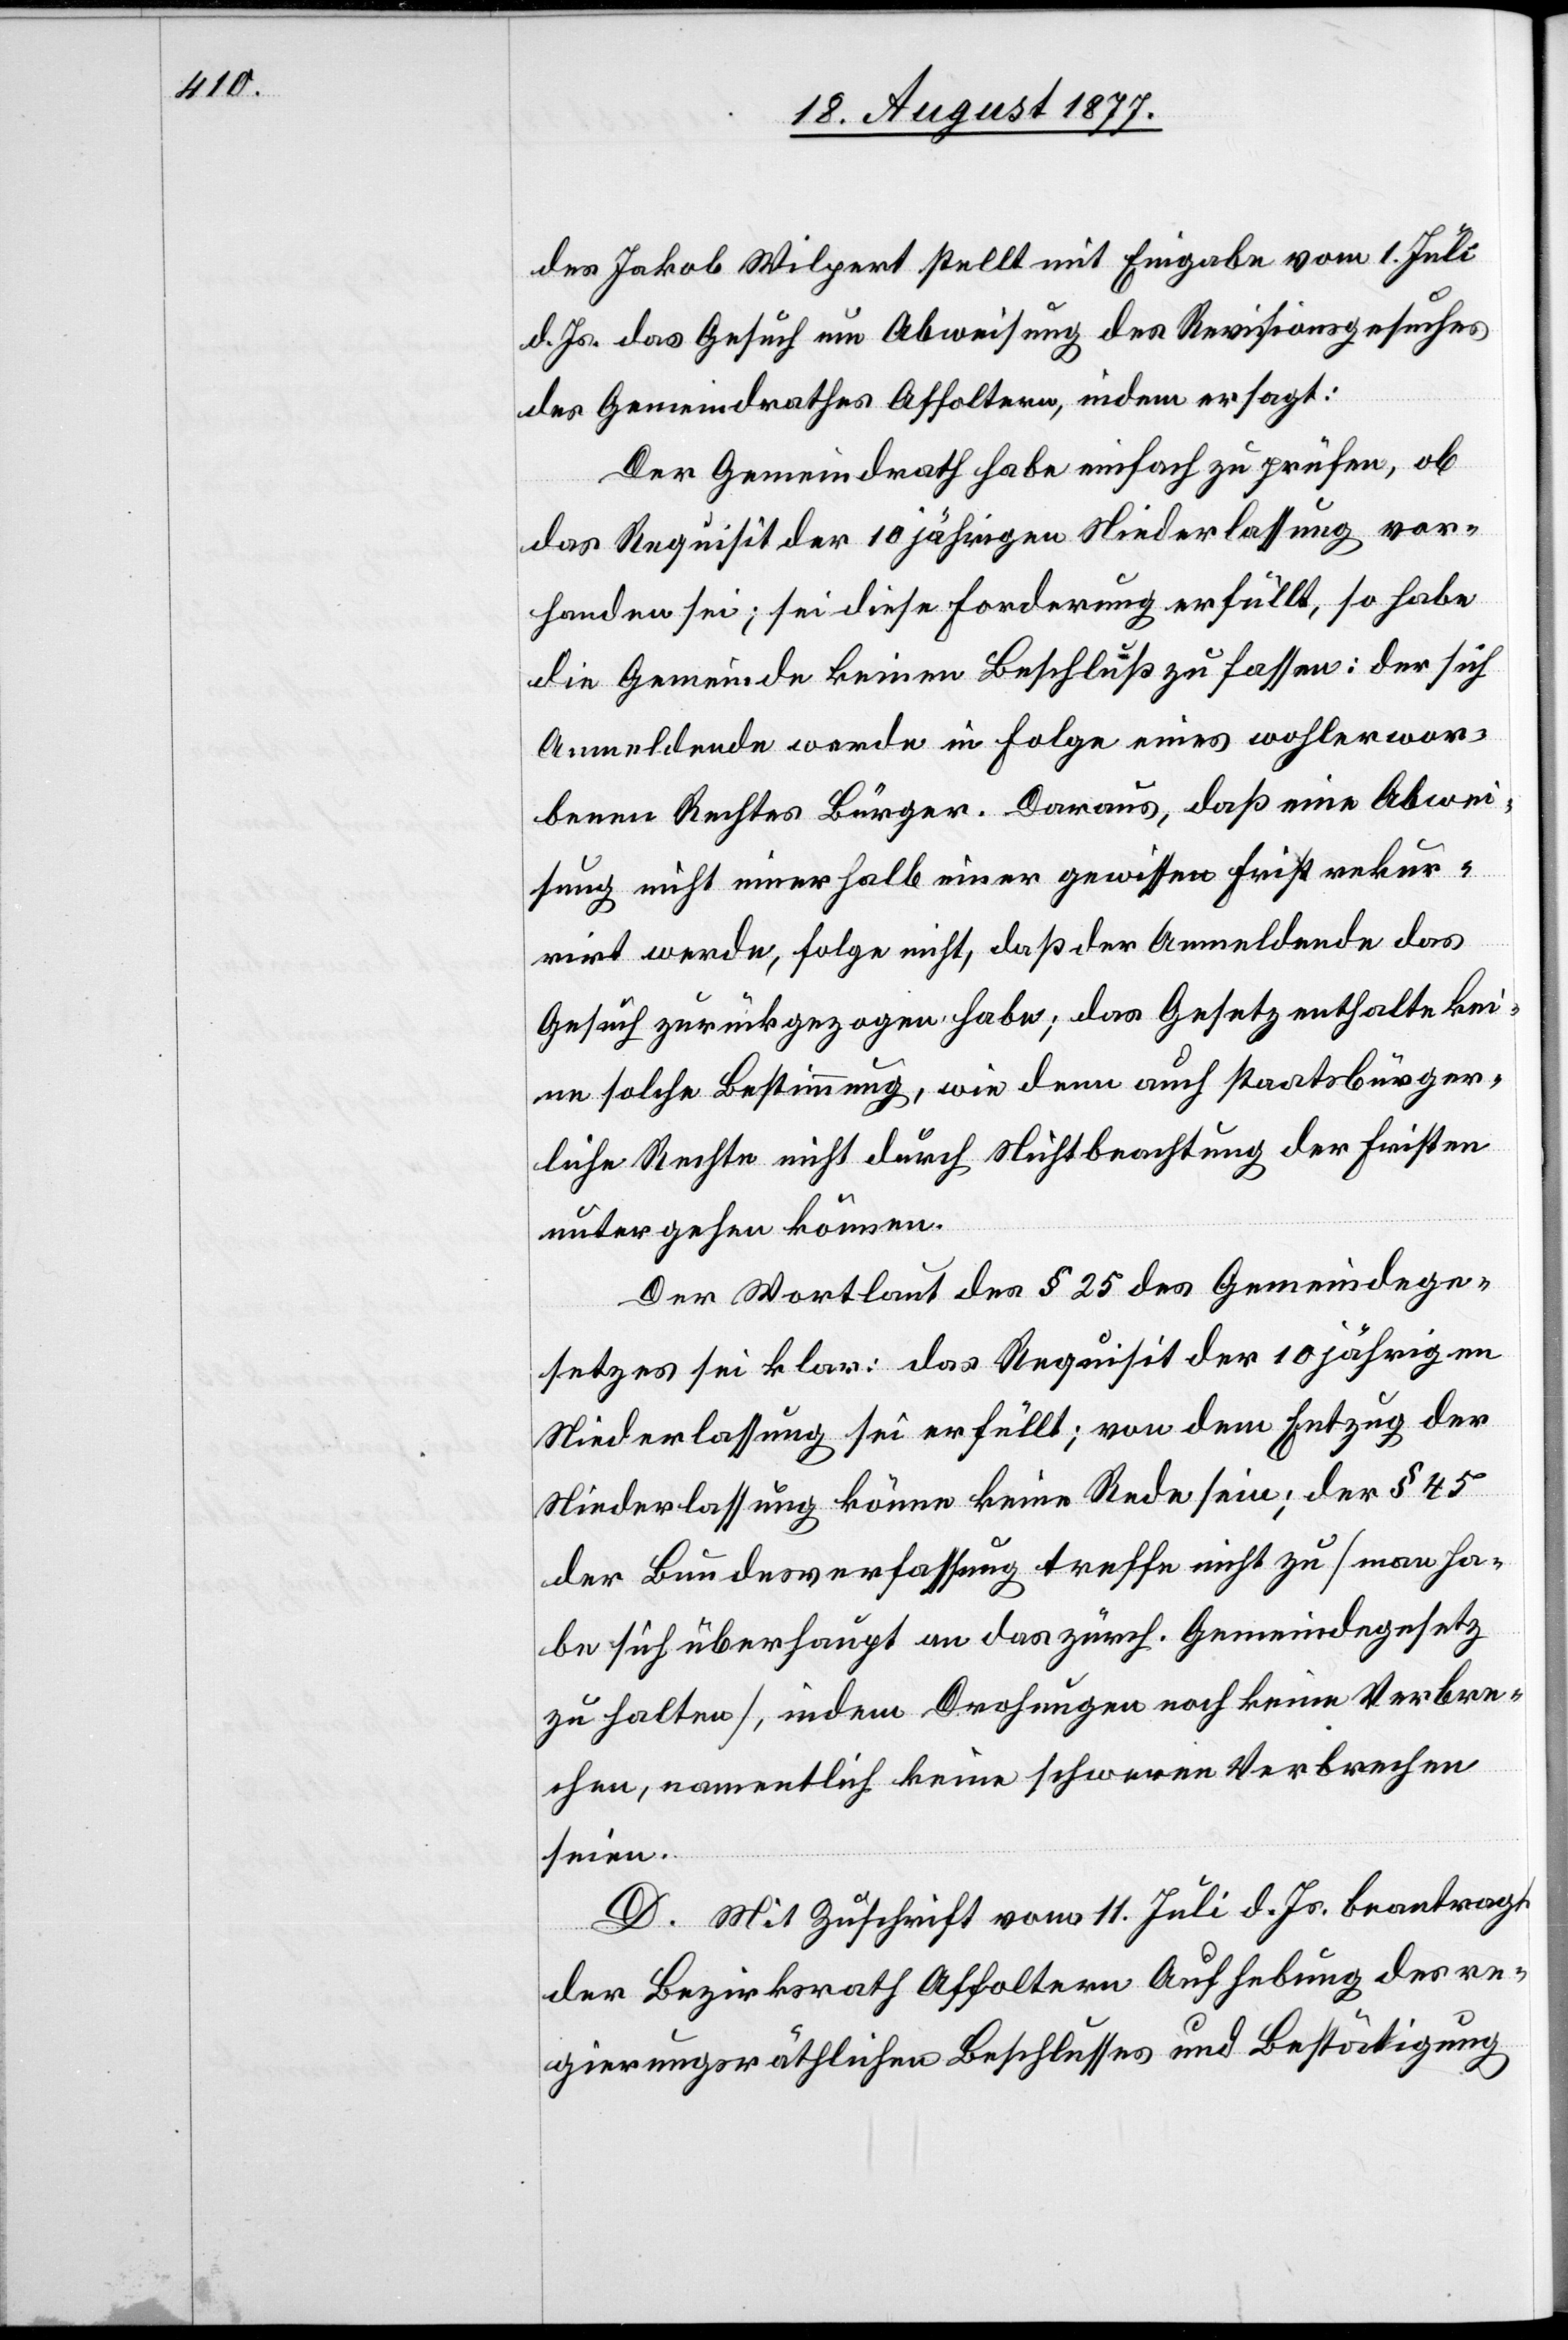
des Jakob Wilpert stellt mit Eingabe vom 1. Juli
d. Js. das Gesuch um Abweisung des Revisionsgesuches
des Gemeindrathes Affoltern, indem er sagt:
Der Gemeindrath habe einfach zu prüfen, ob
das Requisit der 10 jährigen Niederlassung vor¬
handen sei; sei diese Forderung erfüllt, so habe
die Gemeinde keinen Beschluß zu fassen: der sich
Anmeldende werde in Folge eines wohlerwor¬
benen Rechtes Bürger. Daraus, daß eine Abwei¬
sung nicht innerhalb einer gewissen Frist rekur¬
rirt werde, folge nicht, daß der Anmeldende das
Gesuch zurückgezogen habe; das Gesetz enthalte kei¬
ne solche Bestimmung, wie denn auch staatsbürger¬
liche Rechte nicht durch Nichtbeachtung der Fristen
untergehen können.
Der Wortlaut des § 25 des Gemeindege¬
setzes sei klar: das Requisit der 10 jährigen
Niederlassung sei erfüllt; von dem Entzug der
Niederlassung könne keine Rede sein; der § 45
der Bundesverfassung treffe nicht zu [man ha¬
be sich überhaupt an das zürch. Gemeindegesetz
zu halten], indem Drohungen noch keine Verbre¬
chen, namentlich keine schweren Verbrechen
seien.
D. Mit Zuschrift vom 11. Juli d. Js. beantragt
der Bezirksrath Affoltern Aufhebung des re¬
gierungsräthlichen Beschlusses und Bestätigung